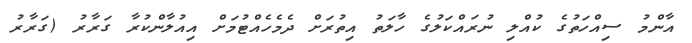
އާންމު ސިއްހަތުގެ ކުއްލި ނުރައްކަލުގެ ހާލަތު އިތުރަށް ދެމެހެއްޓުމަށް އިއުލާންކުރާ ގަރާރު (ގަރާރު